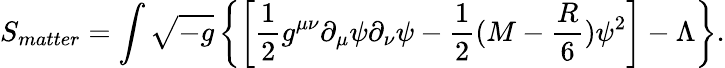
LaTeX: S_{matter}=\int\sqrt{-g}\left\{ \left[{\frac{1}{2}}g^{\mu\nu}\partial_{\mu}\psi\partial_{\nu}\psi-{\frac{1}{2}}(M-{\frac{R}{6}})\psi^{2}\right]-\Lambda\right\} .